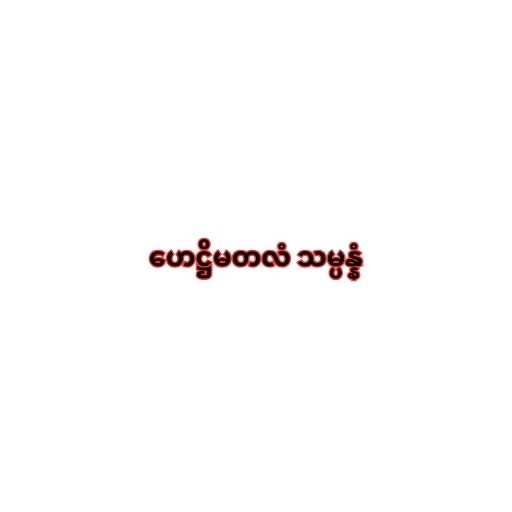
ဟေဋ္ဌိမတလံ သမ္ပန္နံ